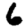
Digit: 6